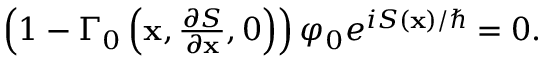
\begin{array} { r } { \left( 1 - \Gamma _ { 0 } \left( \mathbf { x } , \frac { \partial S } { \partial \mathbf { x } } , 0 \right) \right) \varphi _ { 0 } e ^ { i S ( \mathbf { x } ) / \hbar } = 0 . } \end{array}